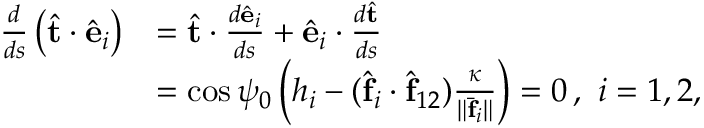
\begin{array} { r l } { \frac { d } { d s } \left( \hat { \bf t } \cdot \hat { \bf e } _ { i } \right) } & { = \hat { \bf t } \cdot \frac { d \hat { \bf e } _ { i } } { d s } + \hat { \bf e } _ { i } \cdot \frac { d \hat { \bf t } } { d s } } \\ & { = \cos \psi _ { 0 } \left( h _ { i } - ( \hat { \bf f } _ { i } \cdot \hat { \bf f } _ { 1 2 } ) \frac { \kappa } { \| \bar { \bf f } _ { i } \| } \right) = 0 \, , \ i = 1 , 2 , } \end{array}